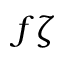
f \zeta